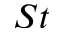
S t